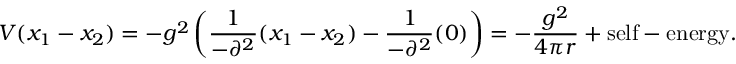
V ( x _ { 1 } - x _ { 2 } ) = - g ^ { 2 } \left( \frac { 1 } { - \partial ^ { 2 } } ( x _ { 1 } - x _ { 2 } ) - \frac { 1 } { - \partial ^ { 2 } } ( 0 ) \right) = - \frac { g ^ { 2 } } { 4 \pi r } + \mathrm { s e l f - e n e r g y } .